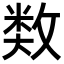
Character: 𢾗